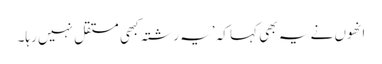
انھوں نے یہ بھی کہا کہ ’یہ رشتہ کبھی مستقل نہیں رہا۔